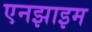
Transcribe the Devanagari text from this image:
एनझाइम